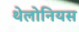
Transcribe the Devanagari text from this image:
थेलोनियस